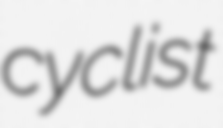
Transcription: cyclist